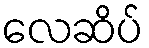
လေဆိပ်